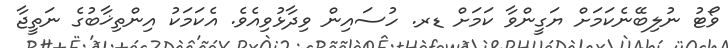
ވޯޓު ނުލިބޭނެކަމަށް ޔަގީންވާ ކަމަށް ޑރ. ހުސައިން ވިދާޅުވިއެވެ. އެކަމަކު އިންތިޚާބުގެ ނަތީޖާ